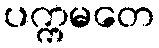
ပက္ကမတေ